Report of the Indian Hemp Drugs Commission, 1894-1895 - Volume V
Year: 1894
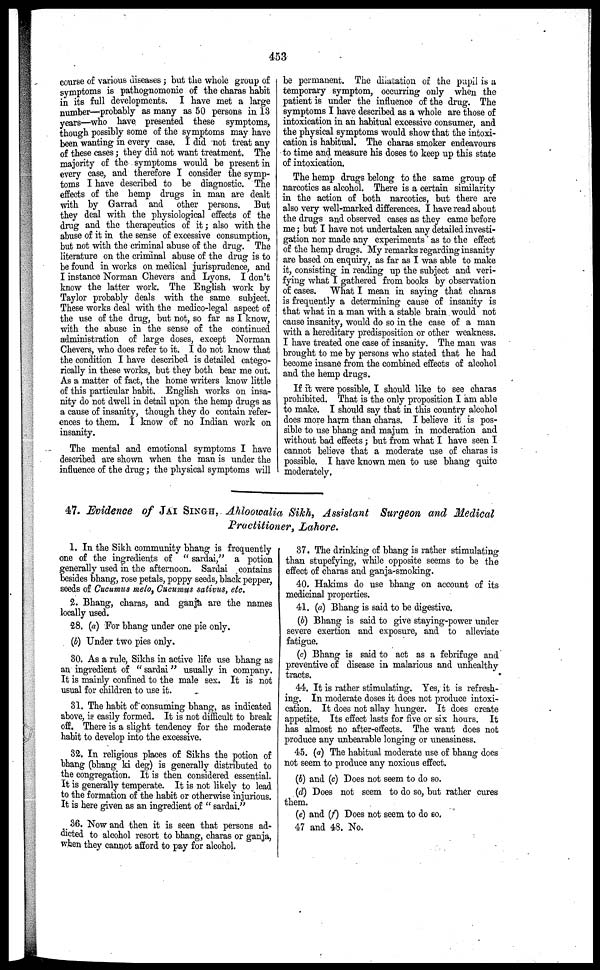
453
course of various diseases; but the whole group of
symptoms is pathognomonic of the charas habit
in its full developments. I have met a large
number—probably as many as 50 persons in 13
years—who have presented these symptoms,
though possibly some of the symptoms may have
been wanting in every case. I did not treat any
of these cases; they did not want treatment. The
majority of the symptoms would be present in
every case, and therefore I consider the symp-
toms I have described to be diagnostic. The
effects of the hemp drugs in man are dealt
with by Garrad and other persons. But
they deal with the physiological effects of the
drug and the therapeutics of it; also with the
abuse of it in the sense of excessive consumption,
but not with the criminal abuse of the drug. The
literature on the criminal abuse of the drug is to
be found in works on medical jurisprudence, and
I instance Norman Chevers and Lyons. I don't
know the latter work. The English work by
Taylor probably deals with the same subject.
These works deal with the medico-legal aspect of
the use of the drug, but not, so far as I know,
with the abuse in the sense of the continued
administration of large doses, except Norman
Chevers, who does refer to it. I do not know that
the condition I have described is detailed catego-
rically in these works, but they both bear me out.
As a matter of fact, the home writers know little
of this particular habit. English works on insa-
nity do not dwell in detail upon the hemp drugs as
a cause of insanity, though they do contain refer-
ences to them. I know of no Indian work on
insanity.
The mental and emotional symptoms I have
described are shown when the man is under the
influence of the drug; the physical symptoms will
be permanent. The dilatation of the pupil is a
temporary symptom, occurring only when the
patient is under the influence of the drug. The
symptoms I have described as a whole are those of
intoxication in an habitual excessive consumer, and
the physical symptoms would show that the intoxi-
cation is habitual. The charas smoker endeavours
to time and measure his doses to keep up this state
of intoxication.
The hemp drugs belong to the same group of
narcotics as alcohol. There is a certain similarity
in the action of both narcotics, but there are
also very well-marked differences. I have read about
the drugs and observed cases as they came before
me; but I have not undertaken any detailed investi-
gation nor made any experiments as to the effect
of the hemp drugs. My remarks regarding insanity
are based on enquiry, as far as I was able to make
it, consisting in reading up the subject and veri-
fying what I gathered from books by observation
of cases. What I mean in saying that charas
is frequently a determining cause of insanity is
that what in a man with a stable brain would not
cause insanity, would do so in the case of a man
with a hereditary predisposition or other weakness.
I have treated one case of insanity. The man was
brought to me by persons who stated that he had
become insane from the combined effects of alcohol
and the hemp drugs.
If it were possible, I should like to see charas
prohibited. That is the only proposition I am able
to make. I should say that in this country alcohol
does more harm than charas. I believe it is pos-
sible to use bhang and majum in moderation and
without bad effects; but from what I have seen I
cannot believe that a moderate use of charas is
possible. I have known men to use bhang quite
moderately,
47. Evidence of JAI SINGH, Ahloowalia Sikh, Assistant Surgeon and Medical
Practitioner, Lahore.
1. In the Sikh community bhang is frequently
one of the ingredients of " sardai," a potion
generally used in the afternoon. Sardai contains
besides bhang, rose petals, poppy seeds, black pepper,
seeds of Cucumus melo, Cucumus sativus, etc.
2. Bhang, charas, and ganja are the names
locally used.
28. (a) For bhang under one pie only.
(b) Under two pies only.
80. As a rule, Sikhs in active life use bhang as
an ingredient of " sardai" usually in company.
It is mainly confined to the male sex. It is not
usual for children to use it.
31. The habit of" consuming bhang, as indicated
above, is easily formed. It is not difficult to break
off. There is a slight tendency for the moderate
habit to develop into the excessive.
32. In religious places of Sikhs the potion of
bhang (bhang ki deg) is generally distributed to
the congregation. It is then considered essential.
It is generally temperate. It is not likely to lead
to the formation of the habit or otherwise injurious.
It is here given as an ingredient of " sardai."
36. Now and then it is seen that persons ad-
dicted to alcohol resort to bhang, charas or ganja,
when they cannot afford to pay for alcohol.
37. The drinking of bhang is rather stimulating
than stupefying, while opposite seems to be the
effect of charas and ganja-smoking.
40. Hakims do use bhang on account of its
medicinal properties.
41. (a) Bhang is said to be digestive.
(b) Bhang is said to give staying-power under
severe exertion and exposure, and to alleviate
fatigue.
(c) Bhang is said to act as a febrifuge and
preventive of disease in malarious and unhealthy
tracts.
44. It is rather stimulating. Yes, it is refresh-
ing. In moderate doses it does not produce intoxi-
cation. It does not allay hunger. It does create
appetite. Its effect lasts for five or six hours. It
has almost no after-effects. The want does not
produce any unbearable longing or uneasiness.
45. (a) The habitual moderate use of bhang does
not seem to produce any noxious effect.
(b) and (c) Does not seem to do so.
(d) Does not seem to do so, but rather cures
them.
(e) and (f) Does not seem to do so.
47 and 48. No.